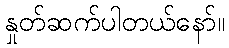
နှုတ်ဆက်ပါတယ်နော်။